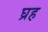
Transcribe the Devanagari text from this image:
घ्रह